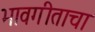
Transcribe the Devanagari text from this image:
भावगीताचा